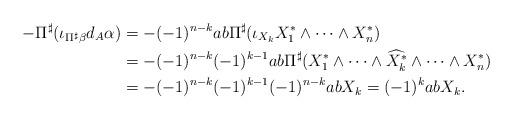
LaTeX: \begin{align*}-\Pi^\sharp(\iota_{\Pi^\sharp\beta}d_A\alpha) & = -(-1)^{n-k}ab\Pi^\sharp (\iota_{X_k}X^\ast_1\wedge \cdots \wedge X^\ast_n)\\& = -(-1)^{n-k}(-1)^{k-1}ab\Pi^\sharp (X^\ast_1\wedge \cdots \wedge \widehat{X^\ast_k}\wedge \cdots \wedge X^\ast_n)\\& = -(-1)^{n-k}(-1)^{k-1}(-1)^{n-k}abX_k = (-1)^kab X_k. \end{align*}